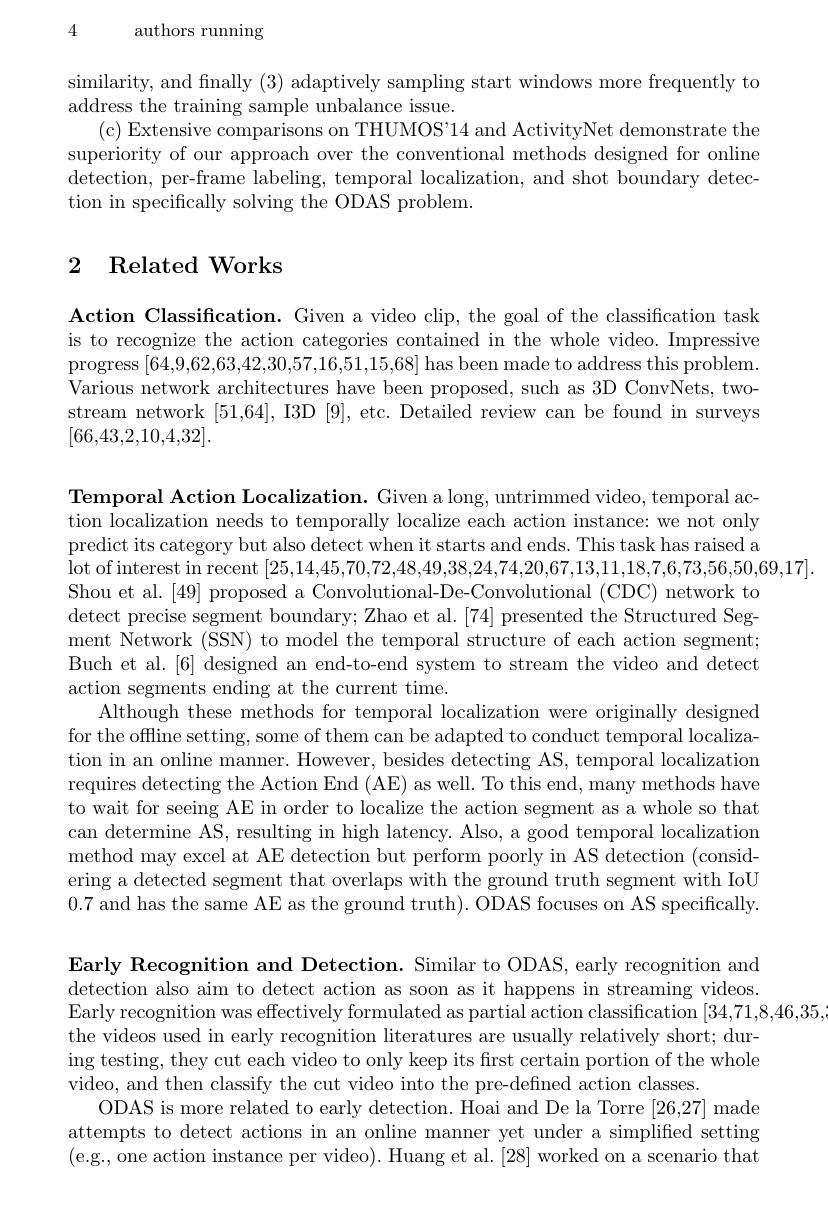
4 authors running

similarity, and fnally (3) adaptively sampling start windows more frequently to
address the training sample unbalance issue.
(c)Extensive comparisons on THUMOS'14 and ActivityNet demonstrate the superiority of our approach over the conventional methods designed for online detection, per-frame labeling, temporal localization, and shot boundary detection in specifically solving the ODAS problem.

# 2 Related Works

Action Classification. Given a video clip, the goal of the classification task is to recognize the action categories contained in the whole video. Impressive progress [64,9,62,63,42,30,57,16,51,15,68] has been made to address this problem Various network architectures have been proposed, such as 3D ConvNets, twostream network [51,64], I3D [9], etc. Detailed review can be found in surveys [66,43,2,10,4,32].

Temporal Action Localization. Given a long, untrimmed video, temporal action localization needs to temporally localize each action instance: we not only predict its category but also detect when it starts and ends. This task has raised a lot of interest in recent [25,14,45,70,72,48,49,38,24,74,20,67,13,11,18,7,6,73,56,50,69,17].
Shou et al. [49] proposed a Convolutional-De-Convolutional (CDC) network to detect precise segment boundary; Zhao et al. [74] presented the Structured Segment Network (SSN) to model the temporal structure of each action segment; Buch et al.[6] designed an end-to-end system to stream the video and detect action segments ending at the current time.
Although these methods for temporal localization were originally designed for the offline setting, some of them can be adapted to conduct temporal localization in an online manner. However, besides detecting AS, temporal localization requires detecting the Action End (AE) as well. To this end, many methods have to wait for seeing AE in order to localize the action segment as a whole so that can determine AS, resulting in high latency. Also, a good temporal localization method may excel at AE detection but perform poorly in AS detection (considering a detected segment that overlaps with the ground truth segment with IoU 0.7 and has the same AE as the ground truth). ODAS focuses on AS specifically.

Early Recognition and Detection. Similar to ODAS, early recognition and detection also aim to detect action as soon as it happens in streaming videos. Early recognition was effectively formulated as partial action classification [34,71,8,46,35]
the videos used in early recognition literatures are usually relatively short; during testing, they cut each video to only keep its first certain portion of the whole video, and then classify the cut video into the pre-defined action classes.
ODAS is more related to early detection. Hoai and De la Torre [26,27] made attempts to detect actions in an online manner yet under a simpliffed setting (e.g., one action instance per video). Huang et al. [28] worked on a scenario that